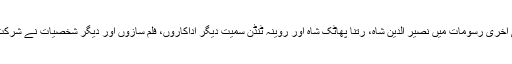
ان کی آخری رسومات میں نصیر الدین شاہ، رتنا پھاٹک شاہ اور روینہ ٹنڈن سمیت دیگر اداکاروں، فلم سازوں اور دیگر شخصیات نے شرکت کی۔